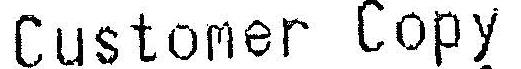
CUSTOMER COPY